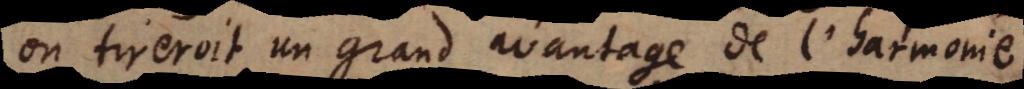
on tireroit un grand avantage de l’harmonie